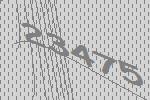
23475